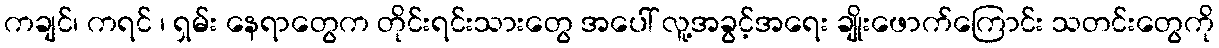
ကချင်၊ ကရင် ၊ ရှမ်း နေရာတွေက တိုင်းရင်းသားတွေ အပေါ် လူ့အခွင့်အရေး ချိုးဖောက်ကြောင်း သတင်းတွေကို